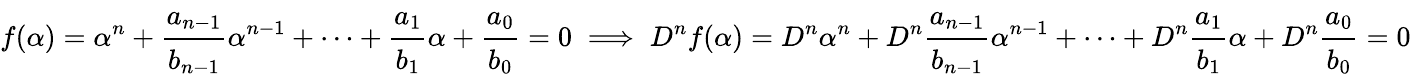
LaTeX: f(\alpha)=\alpha^{n}+\cfrac{a_{n-1}}{b_{n-1}}\alpha^{n-1}+\dots+\cfrac{a_{1}}{b_{1}}\alpha+\cfrac{a_{0}}{b_{0}}=0\implies D^{n}f(\alpha)=D^{n}\alpha^{n}+D^{n}\cfrac{a_{n-1}}{b_{n-1}}\alpha^{n-1}+\dots+D^{n}\cfrac{a_{1}}{b_{1}}\alpha+D^{n}\cfrac{a_{0}}{b_{0}}=0